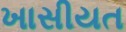
ખાસીયત